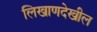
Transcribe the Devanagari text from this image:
लिखाणदेखील